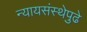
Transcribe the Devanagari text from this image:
न्यायसंस्थेपुढे